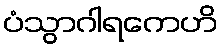
ပံသွာဂါရကေဟိ